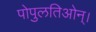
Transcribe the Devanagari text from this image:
पोपुलतिओन्।